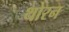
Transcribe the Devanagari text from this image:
थोरन